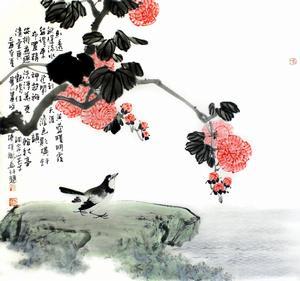
年年社日停针线。怎忍见双飞燕。